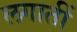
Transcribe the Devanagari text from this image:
लगातीं